Medical and sanitary report of the native army of Madras for the year
Year: 1878
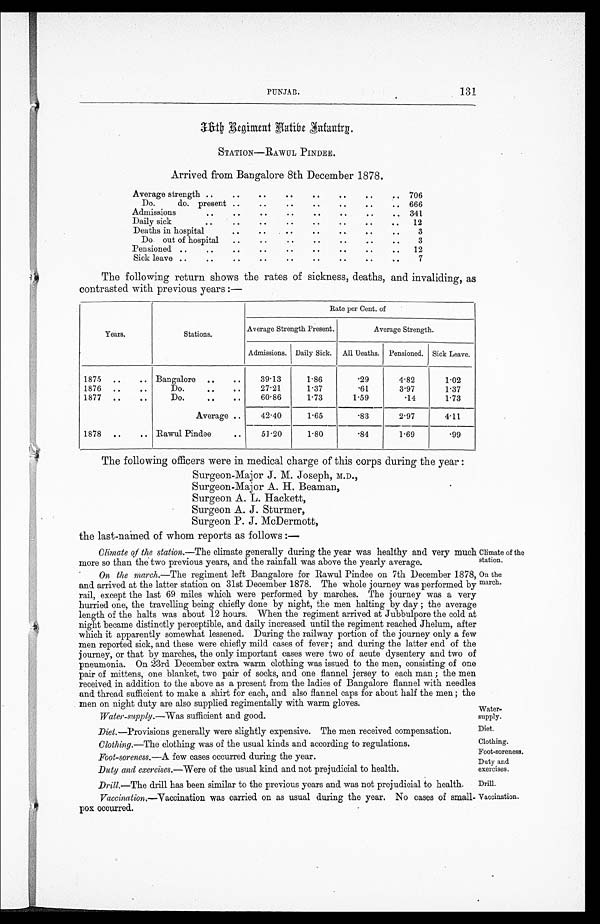
PUNJAB.
131
Climate of the
station.
On the
march.
Diet.
Clothing.
Foot-soreness.
Duty and
exercises.
Drill.
3 6 t h R e g i m e n t N a t i v e I n f a n t r y .
STATION—RAWUL PINDEE.
Arrived from Bangalore 8th December 1878.
Average strength ..
..
..
.. .. .. ..
.. 706
Do.
do. present ..
.. .. .. .. .. ..
666
Admissions
..
.. .. .. .. .. .. ..
341
Daily sic sic
..
.. .. .. .. .. .. .. ..
12
Deaths in hospital
..
.. .. .. .. .. ..
3
Do. out of hospital
.. .. .. .. .. .. ..
3
Pensioned ..
..
.. .. .. .. .. .. ..
12
Sick leave ..
.. .. .. .. .. .. .. ..
7
The following return shows the rates of sickness, deaths, and invaliding, as
contrasted with previous years :—
Years.
Stations.
Rate per Cent. of
Average Strength Present.
Average Strength.
Admissions. Daily Sick. All Deaths. Pensioned. Sick Leave.
1875
..
.. Bangalore
..
..
39.13
1.86
.29
4.82
1.02
1876 ..
..
Do.
..
..
27.21
1.37
.61
3.97
1.37
1877 ..
..
Do.
..
..
60.86
1.73
1.59
.14
1.73
Average ..
42.40
1.65
.83
2.97
4.11
1878 ..
.. Rawul Pindee
..
51.20
1.80
.84
1.69
. 9 9
The following officers were in medical charge of this corps during the year :
Surgeon-Major J. M. Joseph, M.D.,
Surgeon-Major A. H. Beaman,
Surgeon A. L. Hackett,
Surgeon A. J. Sturmer,
Surgeon P. J. McDermott,
the last-named of whom reports as follows :—
Climate of the station.—The climate generally during the year was healthy and very much
more so than the two previous years, and the rainfall was above the yearly average.
On the march.—The regiment left Bangalore for Rawul Pindee on 7th December 1878,
and arrived at the latter station on 31st December 1878. The whole journey was performed by
rail, except the last 69 miles which were performed by marches. The journey was a very
hurried one, the travelling being chiefly done by night, the men halting by day ; the average
length of the halts was about 12 hours. When the regiment arrived at Jubbulpore the cold at
night became distinctly perceptible, and daily increased until the regiment reached Jhelum, after
which it apparently somewhat lessened. During the railway portion of the journey only a few
men reported sick, and these were chiefly mild cases of fever ; and during the latter end of the
journey, or that by marches, the only important cases were two of acute dysentery and two of
pneumonia. On 23rd December extra warm clothing was issued to the men, consisting of one
pair of mittens, one blanket, two pair of socks, and one flannel jersey to each man ; the men
received in addition to the above as a present from the ladies of Bangalore flannel with needles
and thread sufficient to make a shirt for each, and also flannel caps for about half the men ; the
men on night duty are also supplied regimentally with warm gloves.
Water-supply.—Was sufficient and good.
Water-
supply.
Diet.—Provisions generally were slightly expensive. The men received compensation.
Clothing.— The clothing was of the usual kinds and according to regulations.
Foot-soreness.—A few cases occurred during the year.
Duty and exercises.— Were of the usual kind and not prejudicial to health.
Drill.—The drill has been similar to the previous years and was not prejudicial to health.
Vaccination.—Vaccination was carried on as usual during the year. N o cases of small-
pox occurred.
Vaccination.